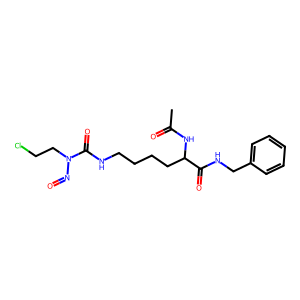
SMILES: CC(=O)NC(CCCCNC(=O)N(CCCl)N=O)C(=O)NCc1ccccc1
Inhibits HIV replication: No